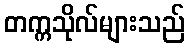
တက္ကသိုလ်များသည်